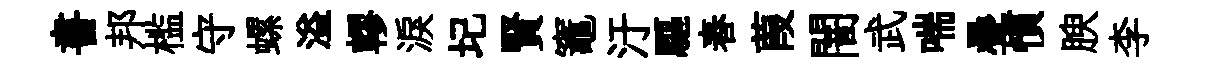
書邦槛守螺溢轇淚圮賢竈汙驅舂葭闇武喘疊慣腴李